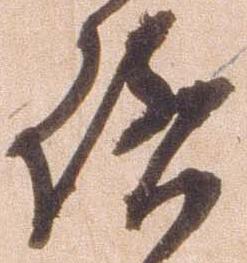
啓